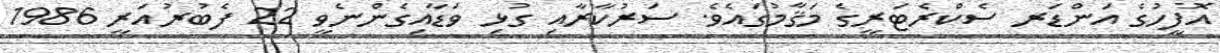
އޮފީހުގެ އަންޑަރ ސެކްރެޓަރީގެ މަޤާމުގައެވެ. ސަރުކާރާއި ގުޅި ވަޑާއިގެންނެވީ 22 ފެބުރުއަރީ 1986